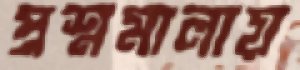
প্রশ্নমালায়